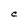
Character: C